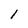
Character: l